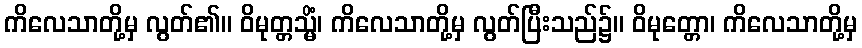
ကိလေသာတို့မှ လွတ်၏။ ဝိမုတ္တသ္မိံ၊ ကိလေသာတို့မှ လွတ်ပြီးသည်၌။ ဝိမုတ္တော၊ ကိလေသာတို့မှ